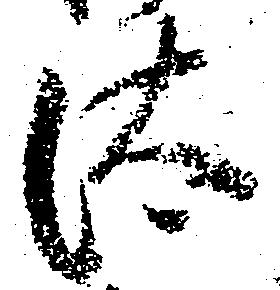
汰